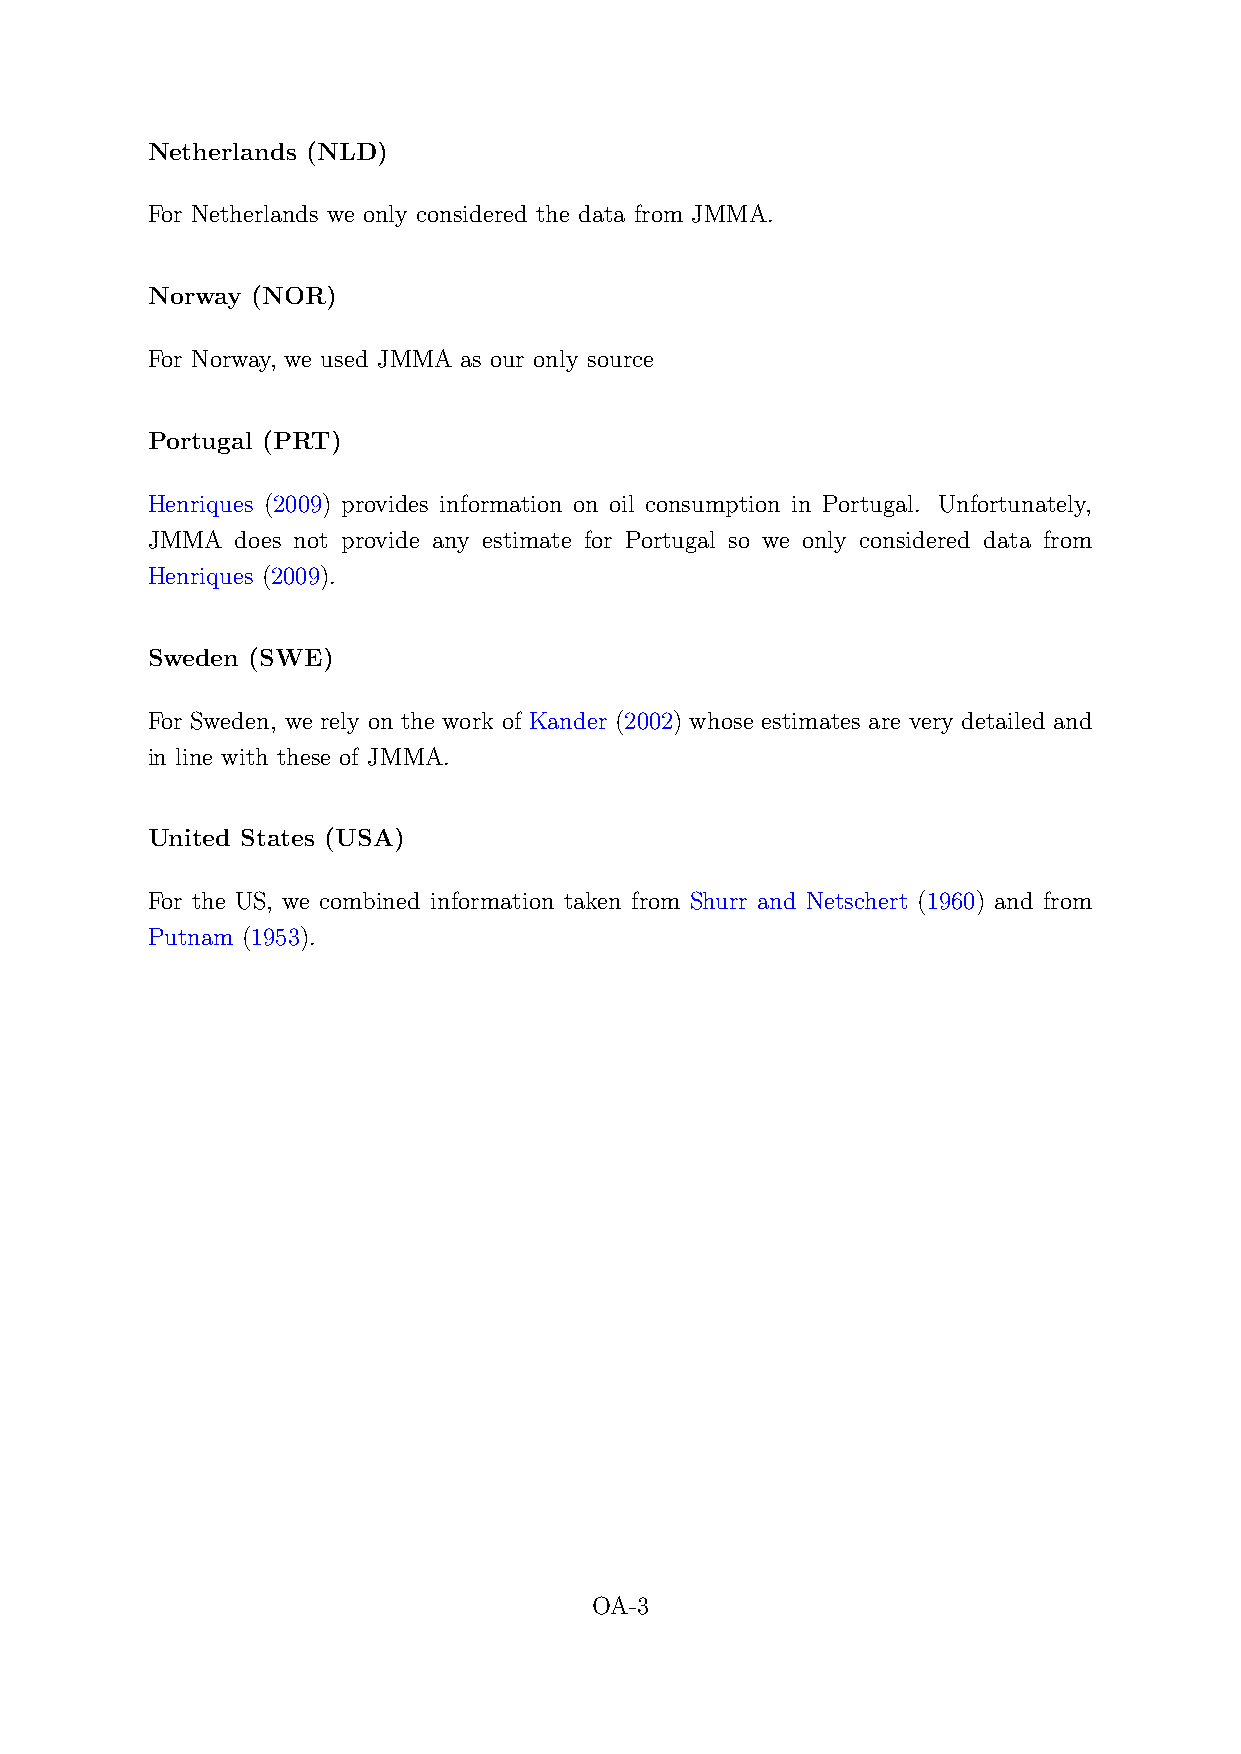
Netherlands (NLD)
 For Netherlands we only considered the data from JMMA.
 Norway (NOR)
 For Norway, we used JMMA as our only source
 Portugal (PRT)
 Henriques (2009) provides information on oil consumption in Portugal. Unfortunately,
 JMMA  does not provide any estimate for Portugal so we only considered data from
 Henriques (2009).
 Sweden (SWE)
 For Sweden, we rely on the work of Kander (2002) whose estimates are very detailed and
 in line with these of JMMA.
 United States (USA)
 For the US, we combined information taken from Shurr and Netschert (1960) and from
 Putnam (1953).
 OA-3